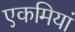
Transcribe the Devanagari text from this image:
एकमियां